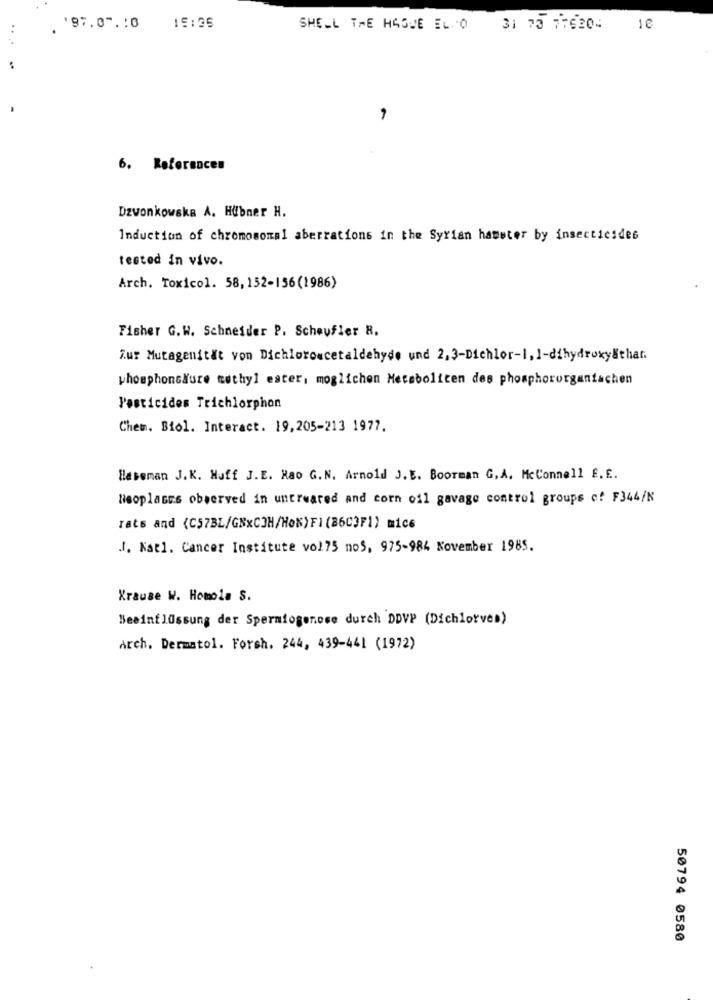
'97.07 .: 0
15:35
SHELL THE HAGUE EL O
31 73 775204
10
6. References
Dzwonkowska A. Hübner H.
Induction of chromosomal aberrations in the Syrian hamster by insecticides
tested in vivo.
Arch. Toxicol. 58, 152-156(1986)
Fisher G.W. Schneider P. Scheufler R.
Zur Mutagenität von Dichloroucetaldehyde und 2, 3-Dichlor-1, 1-dihydroxy&thar.
phosphonsäure methyl ester, moglichen Metabolicen des phosphororganfachen
Pesticides Trichlorphon
Chew. Biol. Interact. 19,205-213 1977.
Baseman J. K. Huff J.E. Rao G.N. Arnold J.E. Boorman G. A. McConnell f. E.
Beoplaces observed in untreated and corn oil gavage control groups of F344/N
rats and (C57BL/GNxC3H/HeN) FI (86C3F1) mice
.J. Kat1. Cancer Institute vol75 nos, 975-984 November 1985.
Krause W. Homola S.
Beeinflussung der Spermiogenose durch DDVP (Dichlorves)
Arch. Dermatol. Forsh. 244, 439-441 (1972)
50794 0580